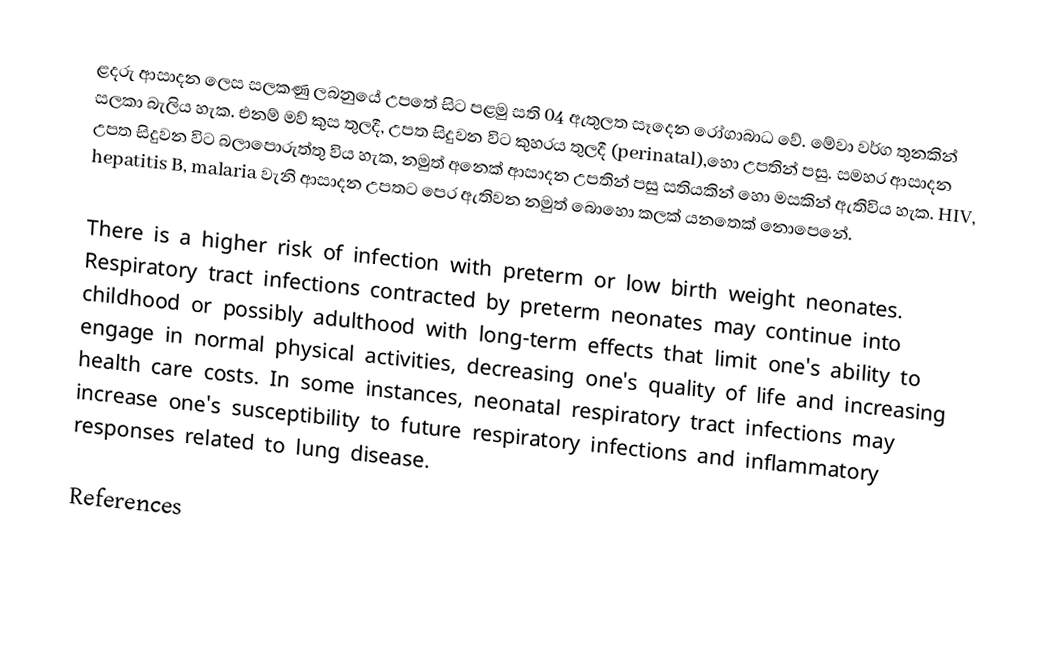
ළදරු ආසාදන ලෙස සලකණු ලබනුයේ උපතේ සිට පළමු සති 04 ඇතුලත සෑදෙන රෝගාබාධ වේ. මේවා වර්ග තුනකින් සලකා බැලිය හැක. එනම් මව් කුස තුලදී, උපත සිදුවන විට කුහරය තුලදී (perinatal),හො උපතින් පසු. සමහර ආසාදන උපත සිදුවන විට බලාපොරුත්තු විය හැක, නමුත් අනෙක් ආසාදන උපතින් පසු සතියකින් හො මසකින් ඇතිවිය හැක. HIV, hepatitis B, malaria වැනි ආසාදන උපතට පෙර ඇතිවන නමුත් බොහො කලක් යනතෙක් නොපෙනේ.

There is a higher risk of infection with preterm or low birth weight neonates. Respiratory tract infections contracted by preterm neonates may continue into childhood or possibly adulthood with long-term effects that limit one's ability to engage in normal physical activities, decreasing one's quality of life and increasing health care costs. In some instances, neonatal respiratory tract infections may increase one's susceptibility to future respiratory infections and inflammatory responses related to lung disease.

References